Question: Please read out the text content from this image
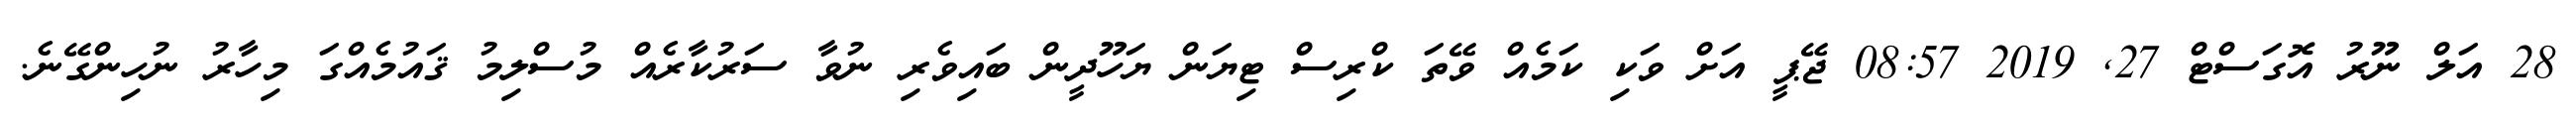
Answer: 28 އަލް ނޫރު އޮގަސްޓް 27, 2019 08:57 ޖޭޕީ އަށް ވަކި ކަމެއް ވޭތަ ކްރިސް ޓިޔަން ޔަހޫދީން ބައިވެރި ނުވާ ސަރުކާރެއް މުސްލިމު ޤައުމެއްގަ މިހާރު ނުހިންގޭނެ.